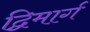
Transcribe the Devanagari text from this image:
द्विमार्ग